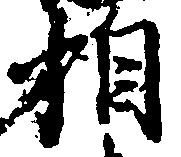
相